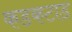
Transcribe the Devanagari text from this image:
कडकटाड